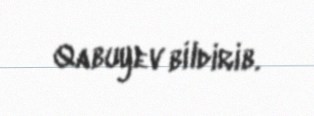
Qabuyev bildirib.